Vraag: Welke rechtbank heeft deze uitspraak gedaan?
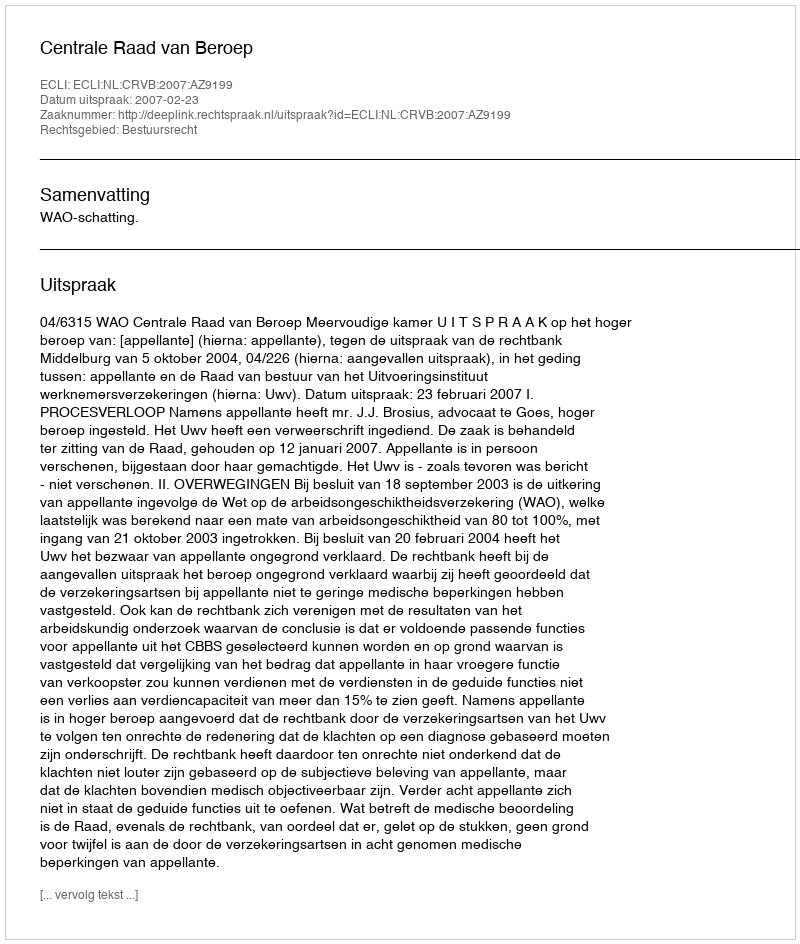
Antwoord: Centrale Raad van Beroep